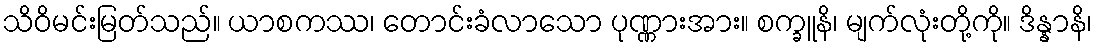
သိဝိမင်းမြတ်သည်။ ယာစကဿ၊ တောင်းခံလာသော ပုဏ္ဏားအား။ စက္ခူနိ၊ မျက်လုံးတို့ကို။ ဒိန္နာနိ၊